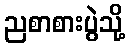
ညစာစားပွဲသို့